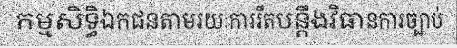
កម្មសិទ្ធិឯកជនតាមរយៈការរឹតបន្តឹងវិធានការច្បាប់